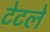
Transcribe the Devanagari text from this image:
टेटले